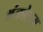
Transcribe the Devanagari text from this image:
अंकोलम्